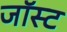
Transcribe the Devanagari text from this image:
जॉस्ट